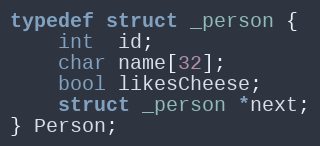
Language: C
typedef struct _person {
	int  id;
	char name[32];
	bool likesCheese;
	struct _person *next;
} Person;